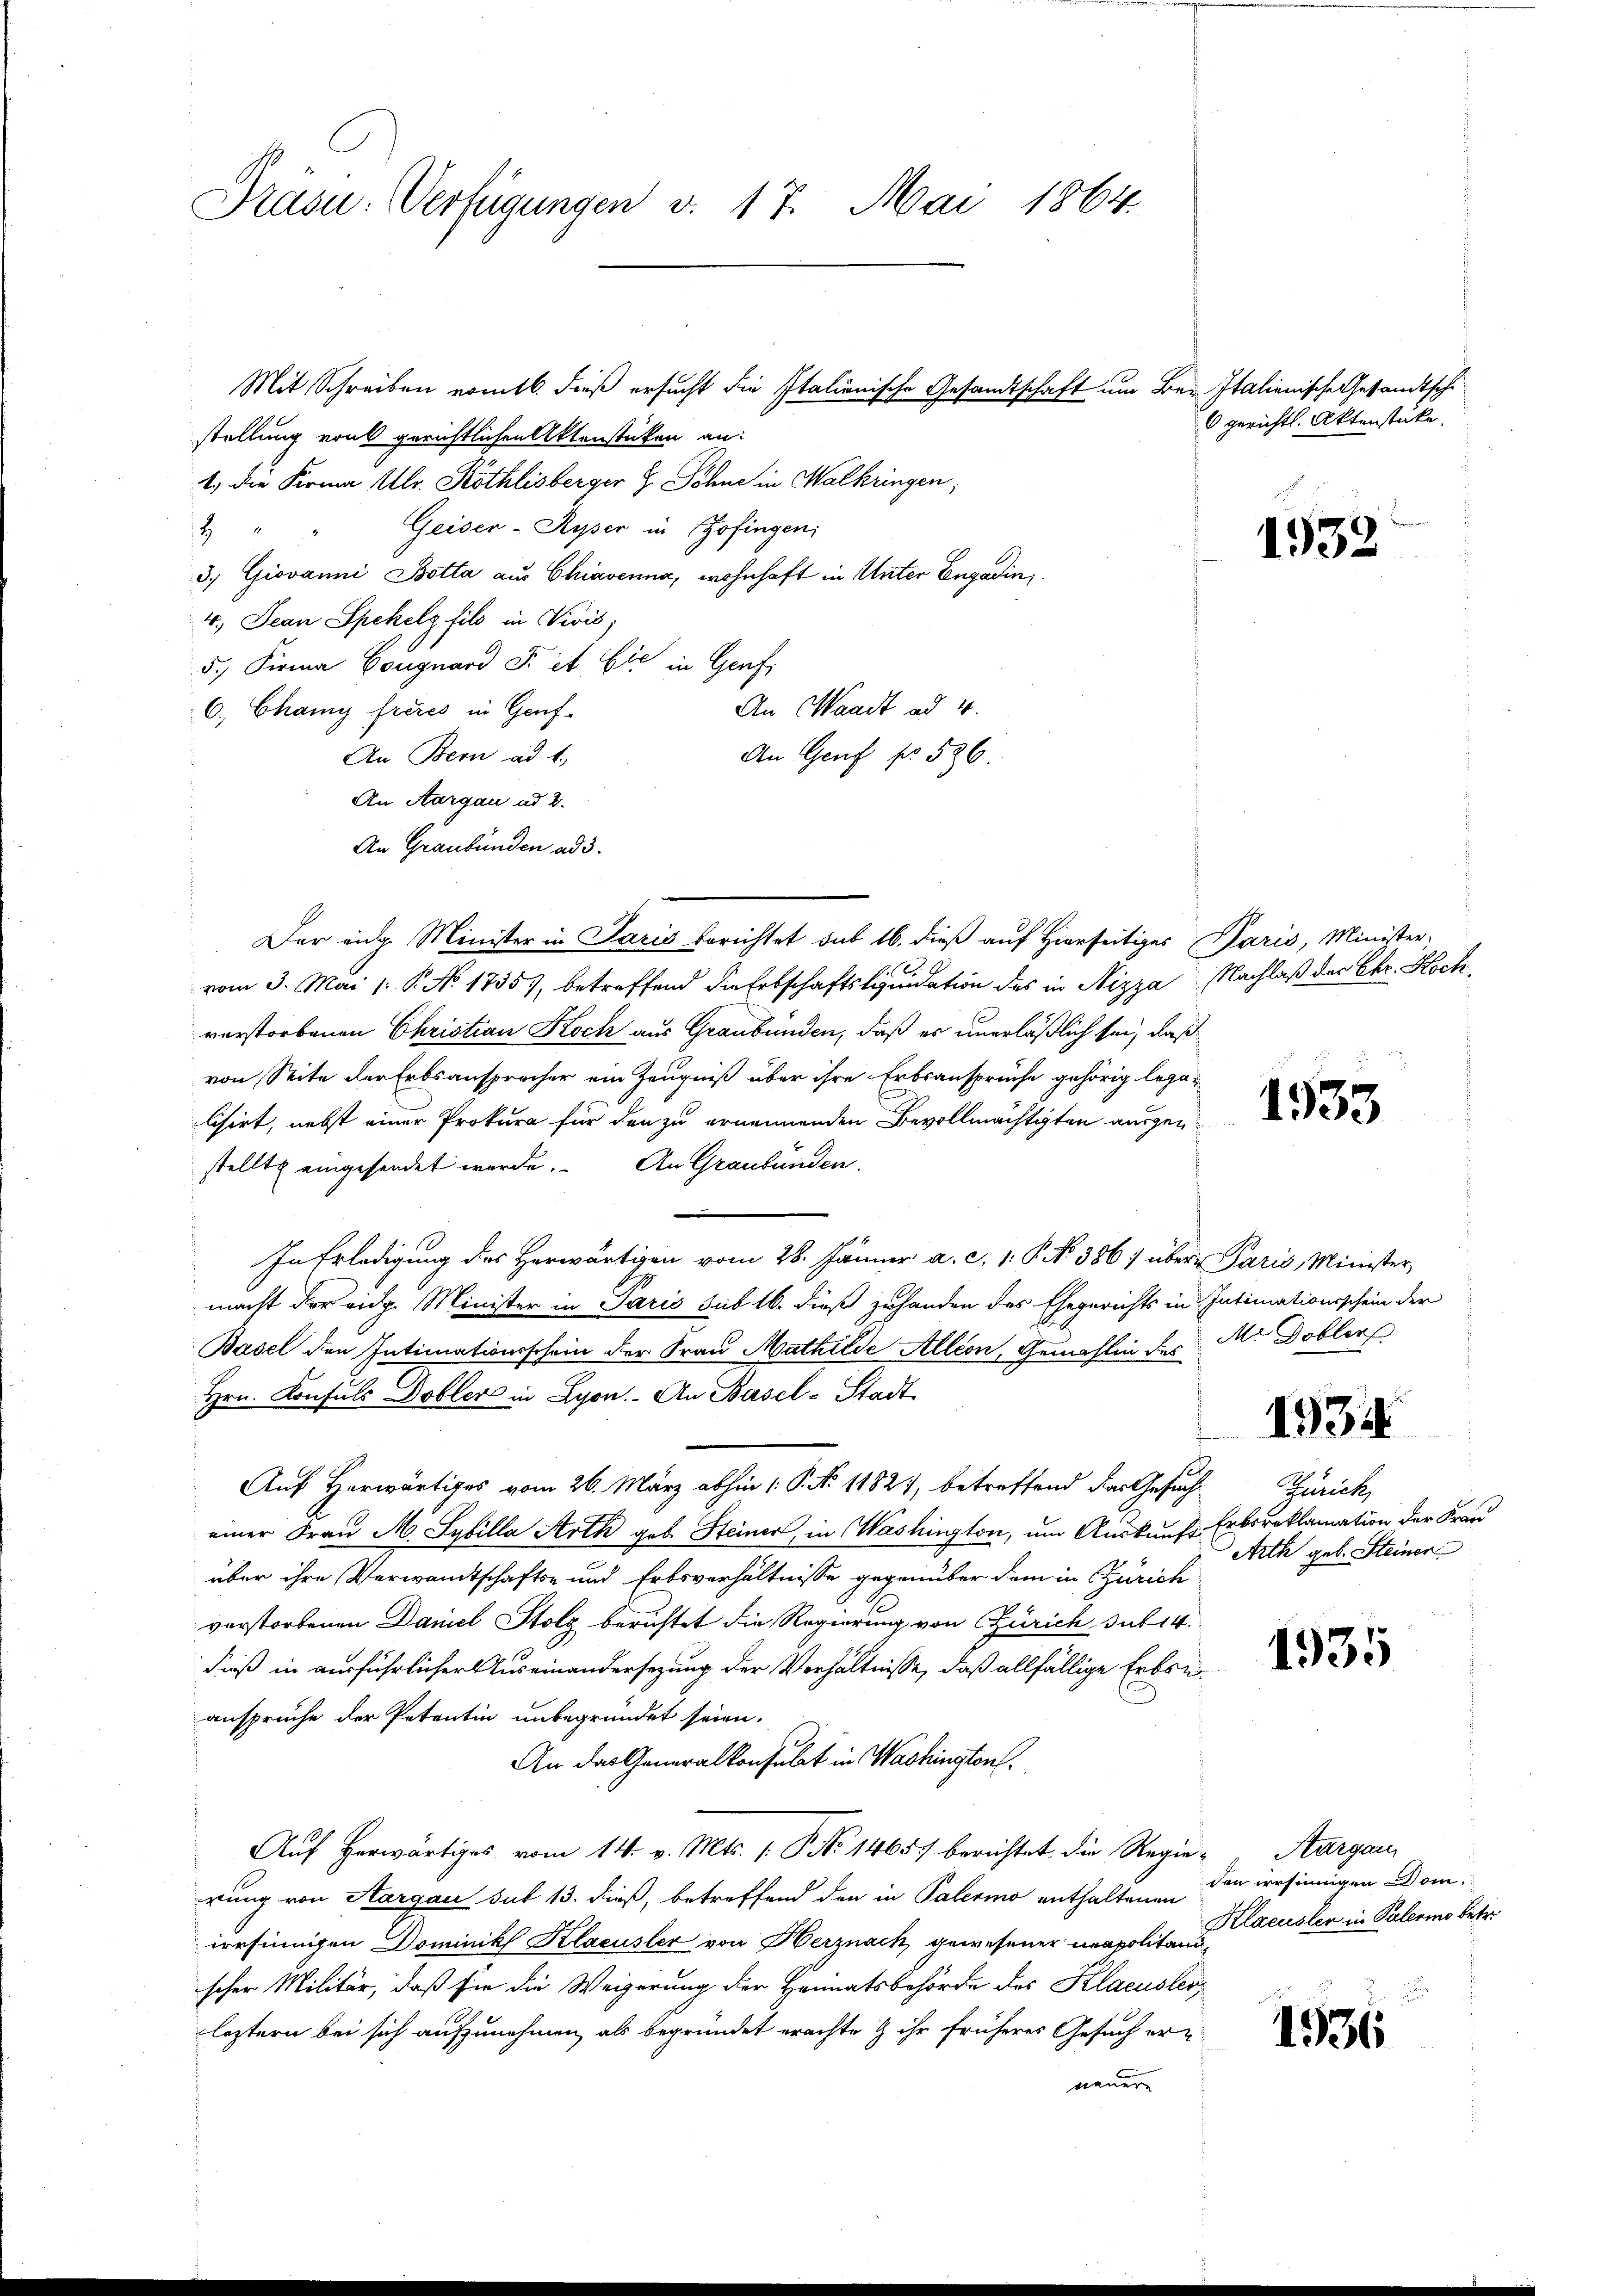
Präsu. Verfügungen v. 17. Mai 1864.

Mit Schreiben nomtl. dieß ersucht die Italienische Gesandtschaft um Be- Italienische Gesandtschistellung von gerichtlichen Aktenstücken an:
1.) Die Firma Ulr. Köthlisberger H. Schne in Walkringen;
Geiser-Ryser in Zofingen
4
3) Giovanni Botta aus Chiavenna, wohnhaft in Unter Engadin,
4.) Jean Spekels fils in Divis;
5.) Firma Congnard F. et Cie in Genfi
An Waadt ad 4.
6. Chamy frères in Genf
An Genf fr. 536.
An Bern ad 1.,
An Aargau ad 2.
An Graubünden ad 3.
Der eidg. Minister in Paris berichtet sub 16. dieß auf Hierseitiger Paris, Minister-
vom 3. Mai l. P. No. 1735), betreffend die Erbschaftsliquidation des in Nizza
verstorbenen Christian Koch aus Graubünden, daß es unerläßlich sei, daß
von Seite der Erbsansprecher ein Zeugniß über ihre Erbsansprüche gehörig legalisirt, nebst einer Prokura für den zu ernennenden Bevollmächtigten ausgestellte eingesendet werde. An Graubünden.
In Erledigung des Herwärtigen vom 28. Jänner a. c. 1. P. No 386) über Paris, Minister,
macht der eidg. Minister in Paris sub 16. dieß zuhanden des Ehegerichts in Intimationsschein der
Basel den Intimationsschein der Frau Mathilde Alléon, Gemahlin des
Hrn. Konsuls Dobler in Lyon. An Basel-Stadt
Auf Herwärtiges vom 26. März abhin (: P. N. 11827, betreffend das Gesuch
einer Frau M. Sybilla Arth geb. Steiner, in Washington, um Auskunft
über ihre Verwandtschafts- und Erbsverhältnisse gegenüber dem in Zürich
verstorbenen Daniel Stolz berichtet die Regierung von Zürich sub 14.
dieß in ausführlicher Auseinandersezung der Verhältnisse, daß allfällige Erbseansprüche der Petentin unbegründet seien.
An das Generalkonsulat in Washington
Auf herwärtiges vom 14. v. Mts. 1. P. Nr. 14657 berichtet, die Regie-
rung von Aargau sub 13. dieß, betreffend den in Palermo enthaltenen
irrsinnigen Dominik Klacusler von Herznach, gewesener neapolitandscher Militär, daß sie die Weigerung der Heimatsbehörde des Klacusler
leztern bei sich aufzunehmen, als begründet erachte & ihr früheres Gesuch ernauern

6 gerichtl. Aktenstücke.

1932

Nachlaß der Akr. Hoch

1933

Mi Doblers

1934

Punct
Erbsreklamation der Frau
Arth geb. Steiner

1935

Aargau,
den irrsinnigen Dom.
Klacusler in Palermo betr.

1936